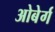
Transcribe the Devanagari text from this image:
ओबेर्ग